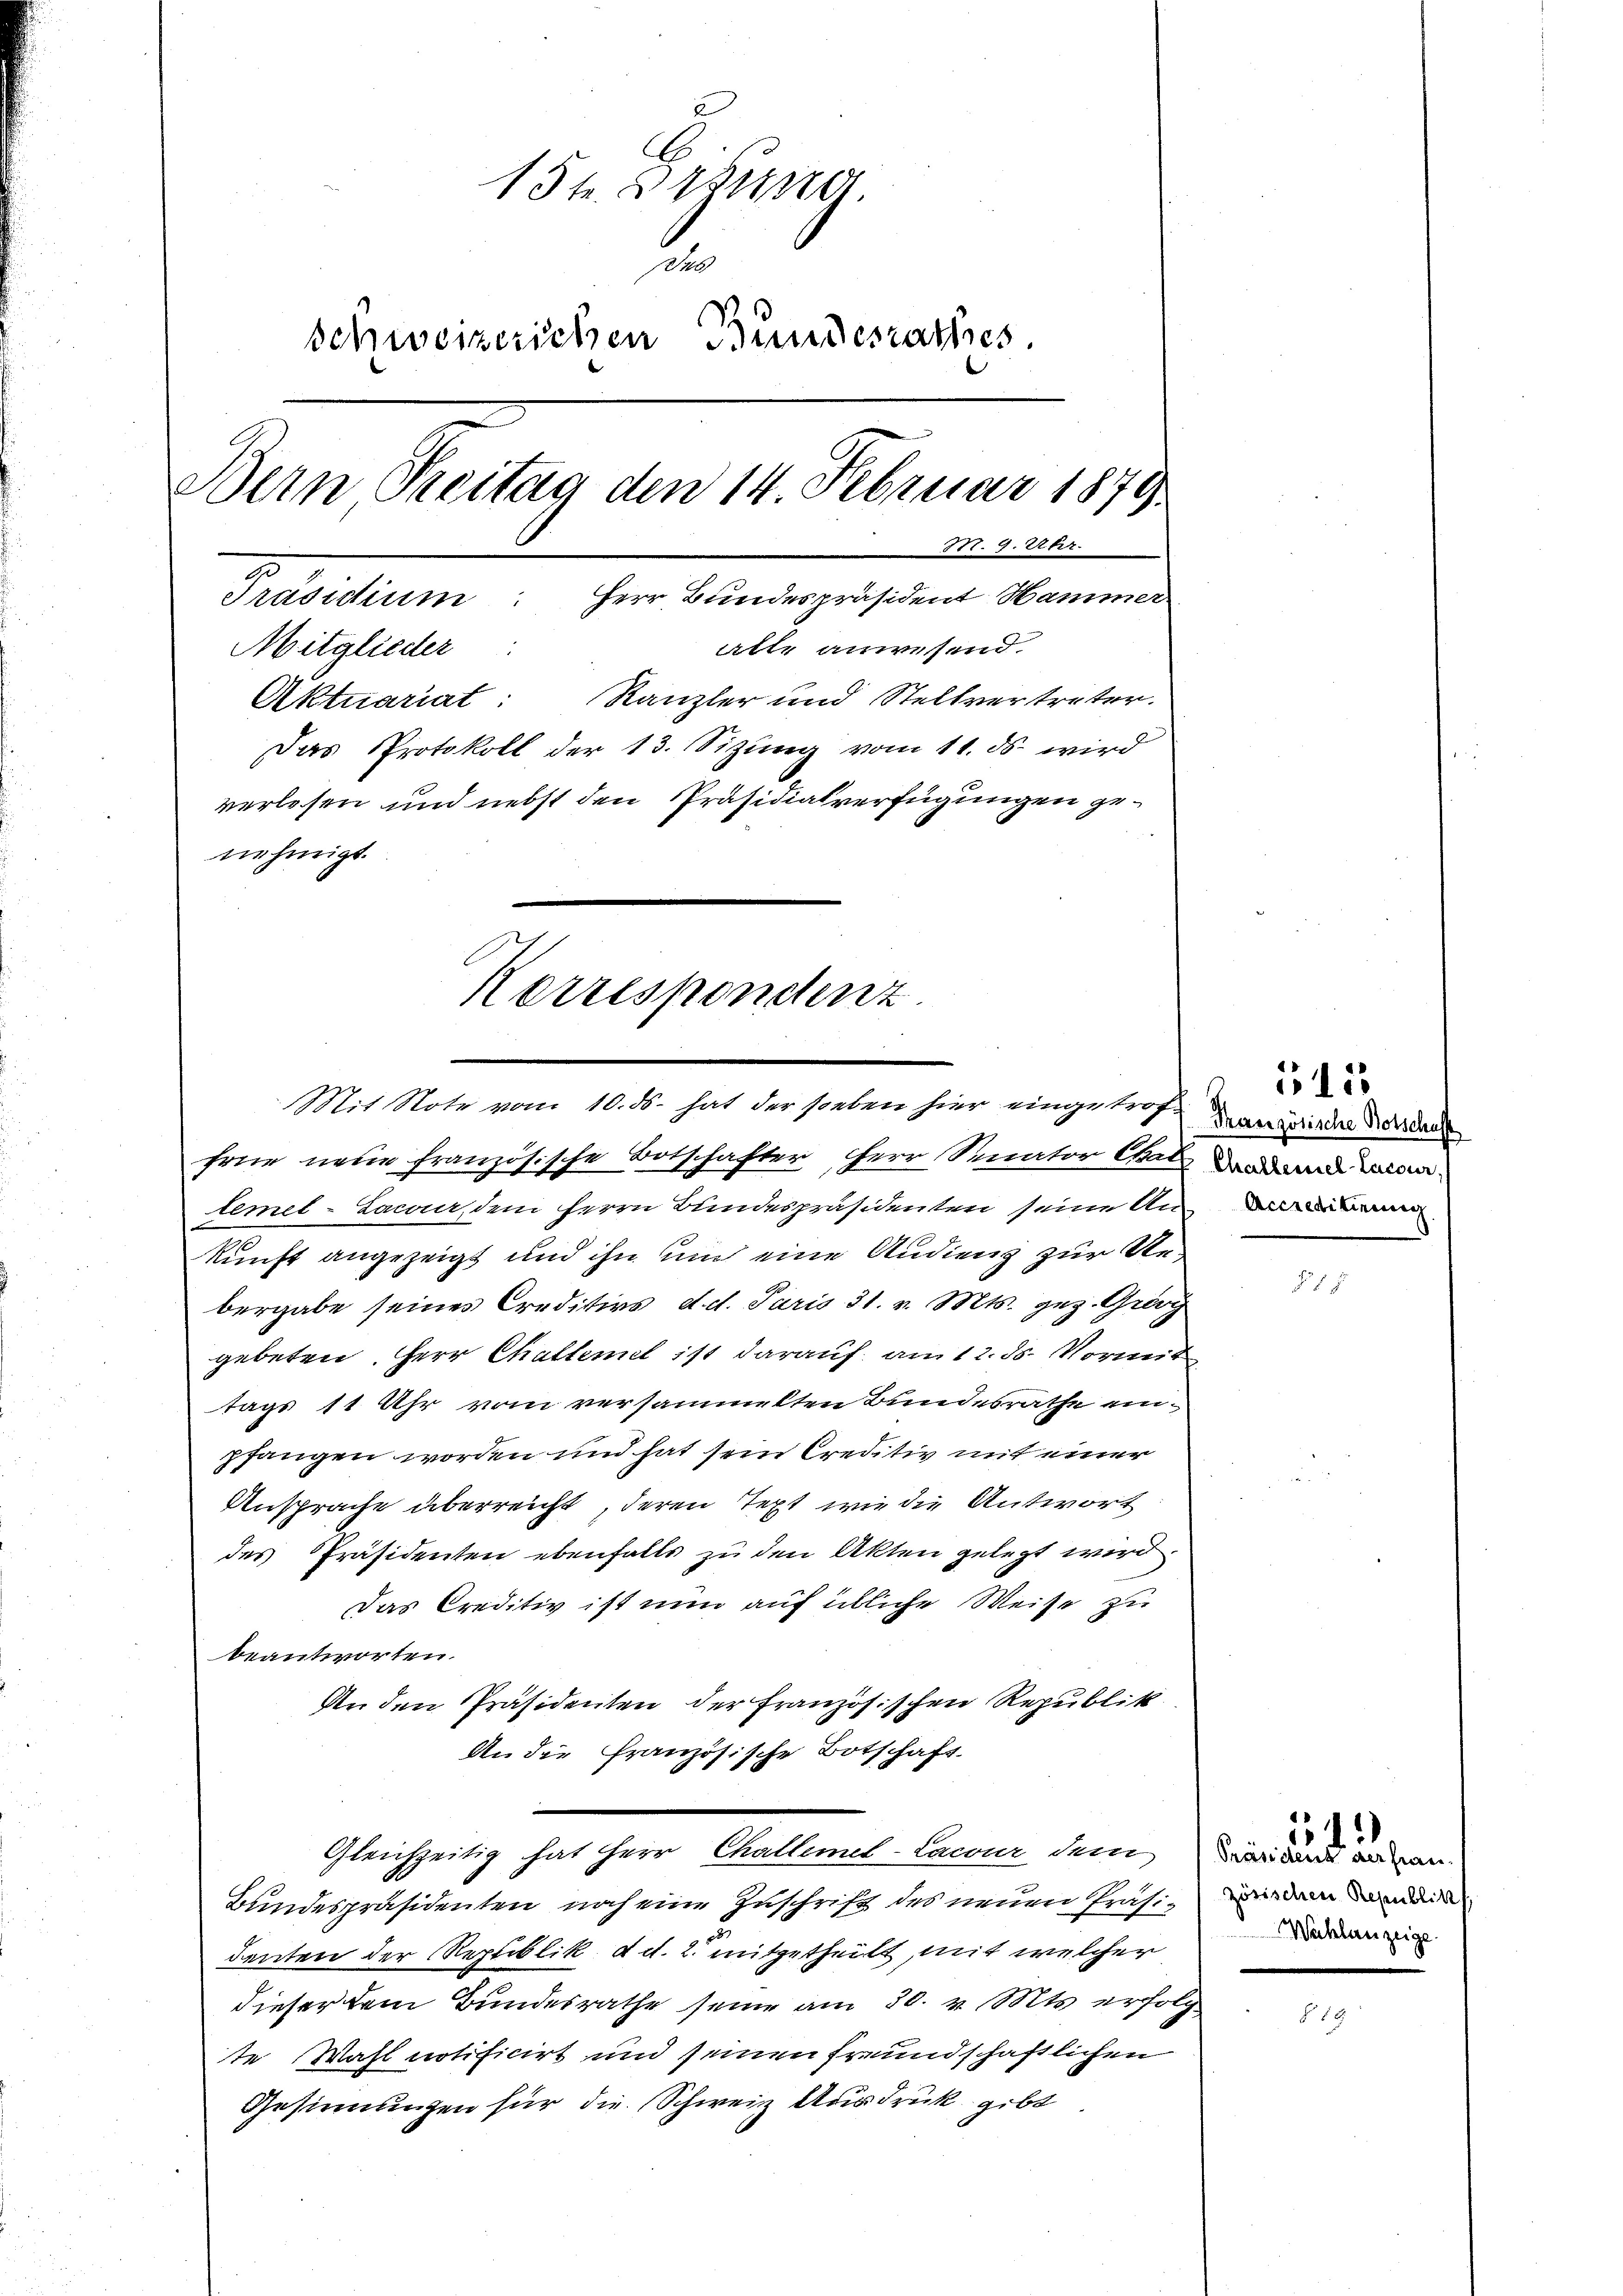
154. Freund.
.
Schweizerichen Bundesrathes.
Bein Treitag den 14. Februar 1879.
1t. 9. Uhr.
Präsidium: Herr Bundespräsident Hammer
atte anwesend
Mitglieder
Aktuariat: Kanzler und Stellvertreter.
Das Protokoll der 13. Sizung vom 11. ds. wird
verlesen und nebst den Präsidialverfügungen genehmigt.
Korrespondenz

frür neue französische Botschafter Herr Senator Etat dann man
lemel-Lacae, dem Herrn Bundespräsidenten seine Anerbin
kunft angezeigt und ihn um eine Audiens zur Rebergabe seines Creditivs d. d. Paris 31. v. Mts. geg. Grösz
gebeten. Herr Challemet ist darauf am 12. ds. Vorand
tags 11 Uhr vom versammelten Bundesrathe einpfangen worden und hat sein Creditiv mit einer
Ansprache überreicht, deren Text wie die Antwort
des Präsidenten ebenfalls zu den Akten gelegt wird.
Das Creditiv ist nun auf übliche Weise zu
beantworten.
An den Präsidenten der Französischen Republik
An die Französische Botschaft
Gleichzeitig hat Herr Challens-Canne dem Die gan
Bundespräsidenten noch eine Zuschrift des neuen Präsiden dandid
denten der Republik d. d. 2. mitgetheilt, mit welcher
dieser dem Bundesrathe seine am 30. v. Mts. erfolg
te Wahl notificirt und seinen freundschaftlichen
Gesinnungen für die Schweiz Ausdruck gibt

Mit Note vom 10. ds. hat der soeben hier eingetrafanzösische Verdac

515

Wachlanzeige